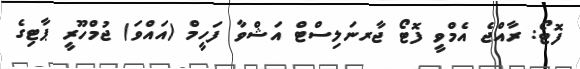
ފޮޓޯ: ރާއްޖެ އެމްވީ ފޮޓޯ ޖާރނަލިސްޓް އަޝްވާ ފަހީމް (އައްވަ) ޖުމްހޫރީ ޕާޓިގެ